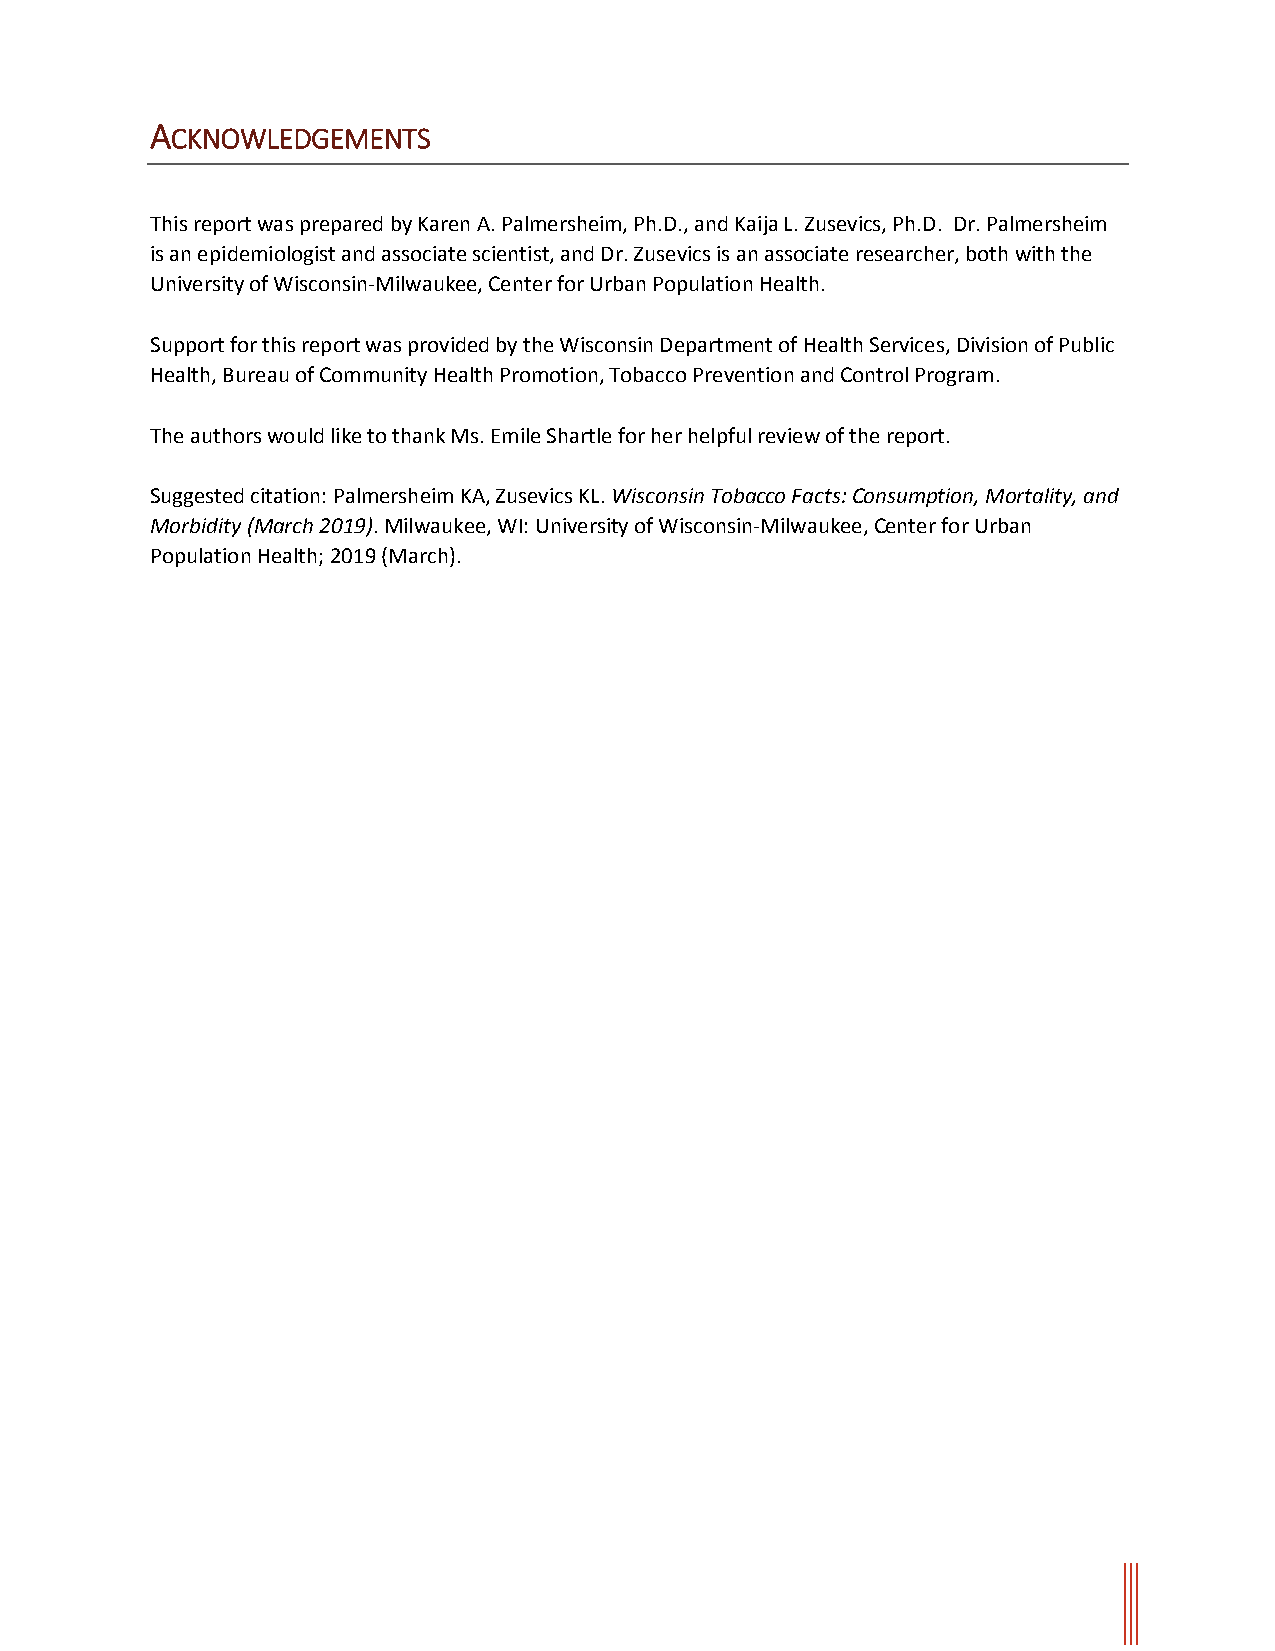
ACKNOWLEDGEMENTS
 This report was prepared by Karen A. Palmersheim, Ph.D., and Kaija L. Zusevics, Ph.D. Dr. Palmersheim
 is an epidemiologist and associate scientist, and Dr. Zusevics is an associate researcher, both with the
 University of Wisconsin-Milwaukee, Center for Urban Population Health.
 Support for this report was provided by the Wisconsin Department of Health Services, Division of Public
 Health, Bureau of Community Health Promotion, Tobacco Prevention and Control Program.
 The authors would like to thank Ms. Emile Shartle for her helpful review of the report.
 Suggested citation: Palmersheim KA, Zusevics KL. Wisconsin Tobacco Facts: Consumption, Mortality, and
 Morbidity (March 2019). Milwaukee, WI: University of Wisconsin-Milwaukee, Center for Urban
 Population Health; 2019 (March).